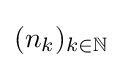
(n_{k})_{k\in \mathbb {N} }